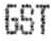
GST